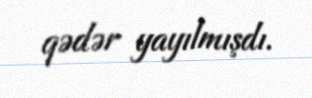
qədər yayılmışdı.